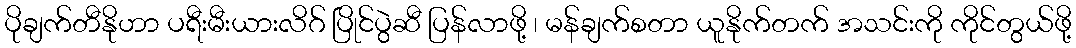
ပိုချက်တီနိုဟာ ပရီးမီးယားလိဂ် ပြိုင်ပွဲဆီ ပြန်လာဖို့ ၊ မန်ချက်စတာ ယူနိုက်တက် အသင်းကို ကိုင်တွယ်ဖို့